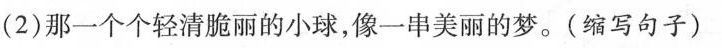
(2)那一个个轻清脆丽的小球，像一串美丽的梦。(缩写句子)